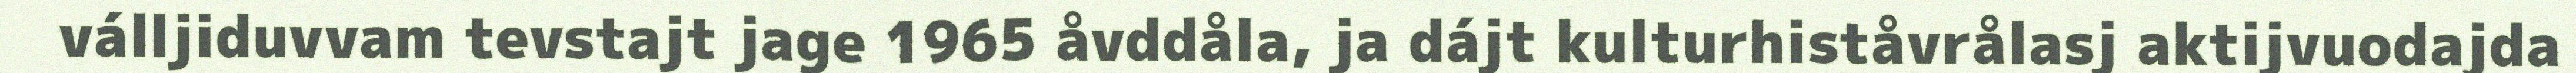
válljiduvvam tevstajt jage 1965 åvddåla, ja dájt kulturhiståvrålasj aktijvuodajda